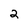
Character: 2